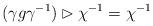
LaTeX: \begin{align*} (\gamma g \gamma^{-1}) \rhd \chi^{-1} = \chi^{-1} \end{align*}